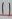
Text: 11